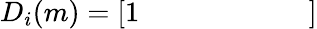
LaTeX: D_{i}(m)={\left[\begin{array}{lllllll}{1}&{}&{}&{}&{}&{}&{}\end{array}\right]}